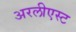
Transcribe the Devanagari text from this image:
अरलीएस्ट